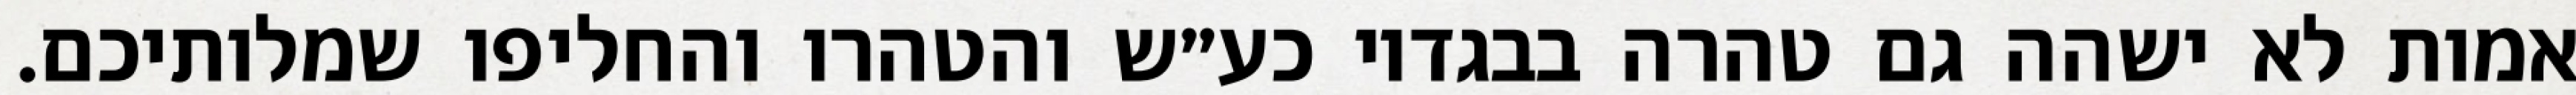
אמות לא ישהה גם טהרה בבגדיו כע״ש והטהרו והחליפו שמלותיכם.